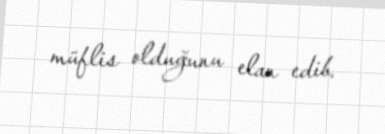
müflis olduğunu elan edib.